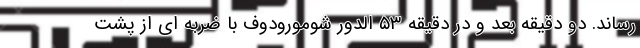
رساند. دو دقیقه بعد و در دقیقه ۵۳ الدور شومورودوف با ضربه ای از پشت